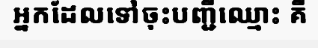
អ្នកដែលទៅចុះបញ្ជីឈ្មោះ គឺ